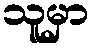
သူမှာ